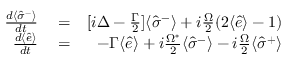
\begin{array} { r l r } { \frac { d \langle \hat { \sigma } ^ { - } \rangle } { d t } } & { { } = } & { [ i \Delta - \frac { \Gamma } { 2 } ] \langle \hat { \sigma } ^ { - } \rangle + i \frac { \Omega } { 2 } ( 2 \langle \hat { e } \rangle - 1 ) } \\ { \frac { d \langle \hat { e } \rangle } { d t } } & { { } = } & { - \Gamma \langle \hat { e } \rangle + i \frac { \Omega ^ { * } } { 2 } \langle \hat { \sigma } ^ { - } \rangle - i \frac { \Omega } { 2 } \langle \hat { \sigma } ^ { + } \rangle } \end{array}